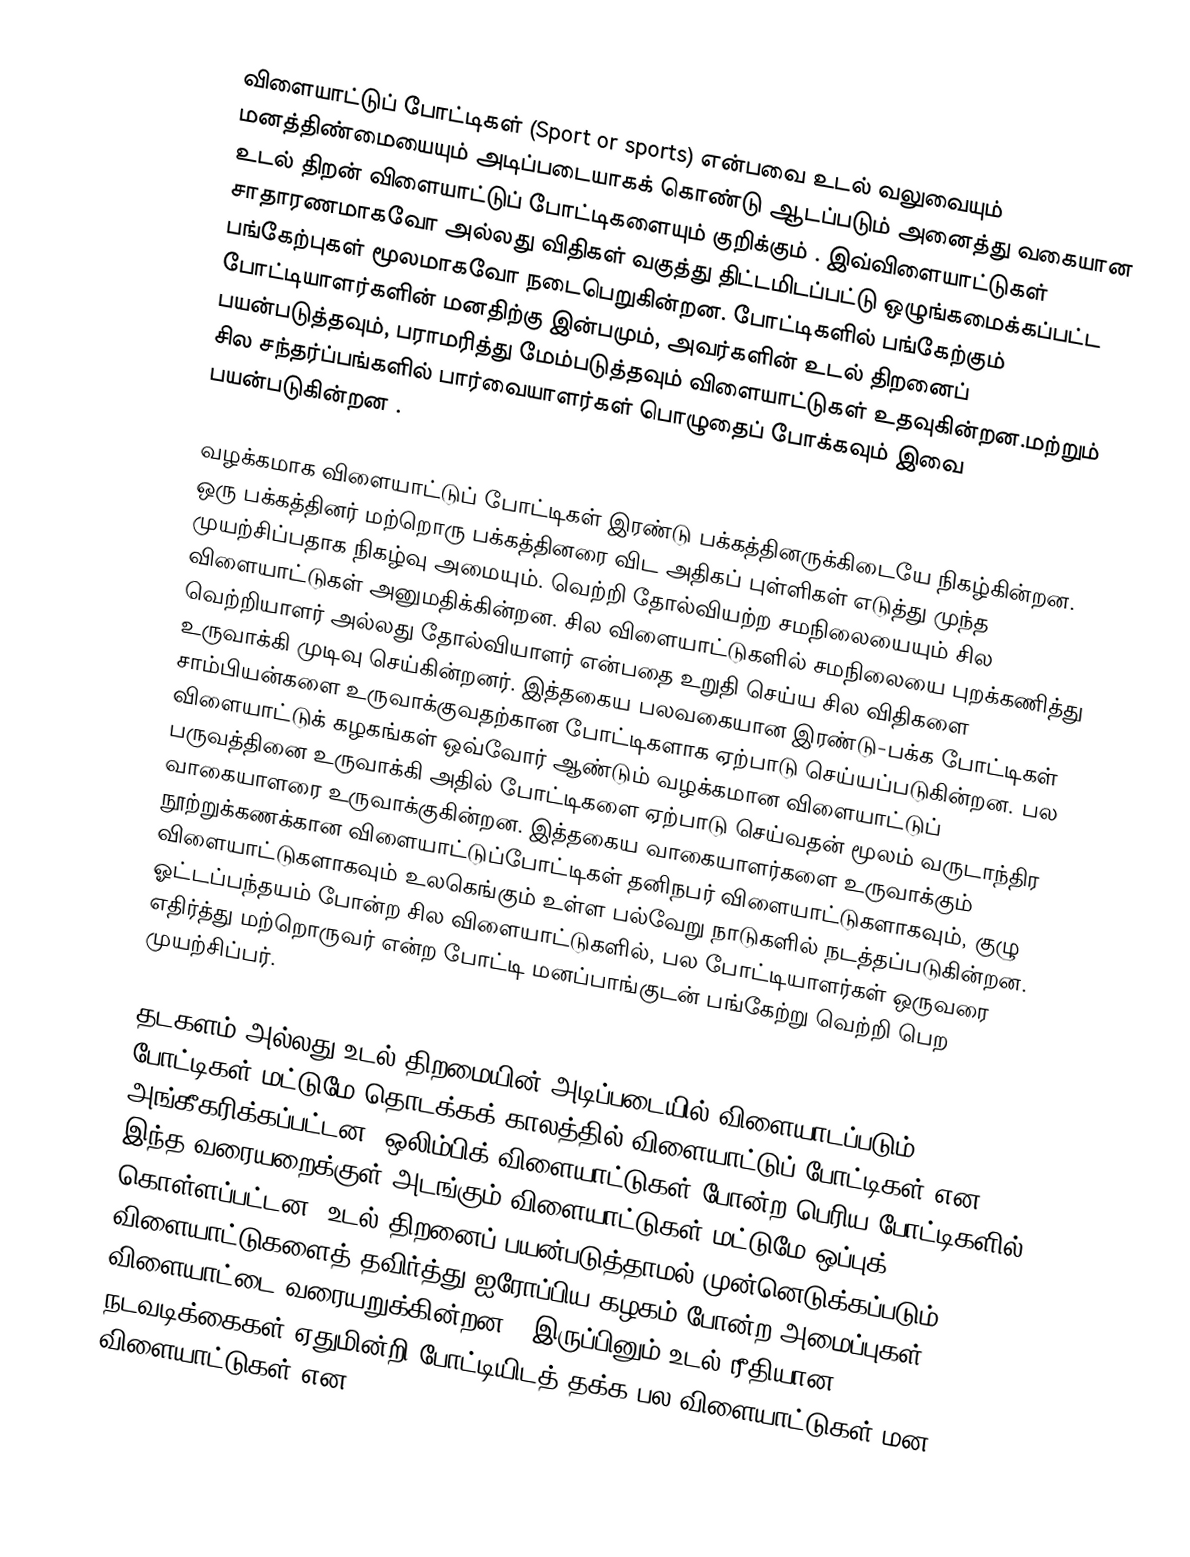
விளையாட்டுப் போட்டிகள் (Sport or sports) என்பவை உடல் வலுவையும் மனத்திண்மையையும் அடிப்படையாகக் கொண்டு ஆடப்படும் அனைத்து வகையான உடல் திறன் விளையாட்டுப் போட்டிகளையும் குறிக்கும் . இவ்விளையாட்டுகள் சாதாரணமாகவோ அல்லது விதிகள் வகுத்து திட்டமிடப்பட்டு ஒழுங்கமைக்கப்பட்ட பங்கேற்புகள்  மூலமாகவோ நடைபெறுகின்றன. போட்டிகளில் பங்கேற்கும் போட்டியாளர்களின் மனதிற்கு இன்பமும், அவர்களின் உடல் திறனைப் பயன்படுத்தவும், பராமரித்து மேம்படுத்தவும் விளையாட்டுகள் உதவுகின்றன.மற்றும் சில சந்தர்ப்பங்களில் பார்வையாளர்கள்  பொழுதைப் போக்கவும் இவை பயன்படுகின்றன .

வழக்கமாக விளையாட்டுப் போட்டிகள் இரண்டு பக்கத்தினருக்கிடையே நிகழ்கின்றன. ஒரு பக்கத்தினர் மற்றொரு பக்கத்தினரை விட அதிகப் புள்ளிகள் எடுத்து முந்த முயற்சிப்பதாக நிகழ்வு அமையும். வெற்றி தோல்வியற்ற சமநிலையையும் சில விளையாட்டுகள் அனுமதிக்கின்றன. சில விளையாட்டுகளில் சமநிலையை புறக்கணித்து  வெற்றியாளர் அல்லது தோல்வியாளர் என்பதை உறுதி செய்ய சில விதிகளை உருவாக்கி முடிவு செய்கின்றனர். இத்தகைய பலவகையான இரண்டு-பக்க போட்டிகள்  சாம்பியன்களை  உருவாக்குவதற்கான போட்டிகளாக ஏற்பாடு செய்யப்படுகின்றன. பல விளையாட்டுக் கழகங்கள் ஒவ்வோர் ஆண்டும்  வழக்கமான விளையாட்டுப் பருவத்தினை உருவாக்கி அதில் போட்டிகளை ஏற்பாடு செய்வதன் மூலம் வருடாந்திர வாகையாளரை உருவாக்குகின்றன. இத்தகைய வாகையாளர்களை உருவாக்கும் நூற்றுக்கணக்கான விளையாட்டுப்போட்டிகள் தனிநபர் விளையாட்டுகளாகவும், குழு விளையாட்டுகளாகவும் உலகெங்கும் உள்ள பல்வேறு நாடுகளில் நடத்தப்படுகின்றன. ஓட்டப்பந்தயம் போன்ற சில விளையாட்டுகளில், பல போட்டியாளர்கள் ஒருவரை எதிர்த்து மற்றொருவர் என்ற போட்டி மனப்பாங்குடன் பங்கேற்று வெற்றி பெற முயற்சிப்பர்.

தடகளம் அல்லது உடல் திறமையின் அடிப்படையில் விளையாடப்படும் போட்டிகள் மட்டுமே தொடக்கக் காலத்தில் விளையாட்டுப் போட்டிகள் என அங்கீகரிக்கப்பட்டன. ஒலிம்பிக் விளையாட்டுகள் போன்ற பெரிய போட்டிகளில் இந்த வரையறைக்குள் அடங்கும் விளையாட்டுகள் மட்டுமே ஒப்புக் கொள்ளப்பட்டன. உடல் திறனைப் பயன்படுத்தாமல் முன்னெடுக்கப்படும் விளையாட்டுகளைத்  தவிர்த்து ஐரோப்பிய கழகம் போன்ற அமைப்புகள் விளையாட்டை வரையறுக்கின்றன . இருப்பினும் உடல் ரீதியான நடவடிக்கைகள் ஏதுமின்றி போட்டியிடத் தக்க பல விளையாட்டுகள்  மன விளையாட்டுகள் என